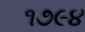
૧૭૯૪